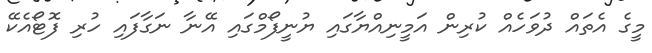
މީގެ އެތައް ދުވަހެއް ކުރިން އަމީނިއްޔާގައި ޔުނީފޯމްގައި އޭނާ ނަގާފައި ހުރި ފޮޓޯއެކޭ